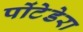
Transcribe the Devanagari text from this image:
पोंटेडेरा